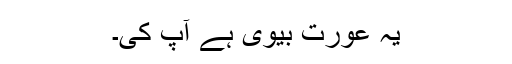
یہ عورت بیوی ہے آپ کی۔